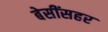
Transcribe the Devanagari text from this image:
बेसींसहर